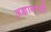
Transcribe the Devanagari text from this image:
अज्ञानाशी